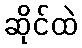
ဆိုင်ထဲ